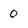
Character: 0